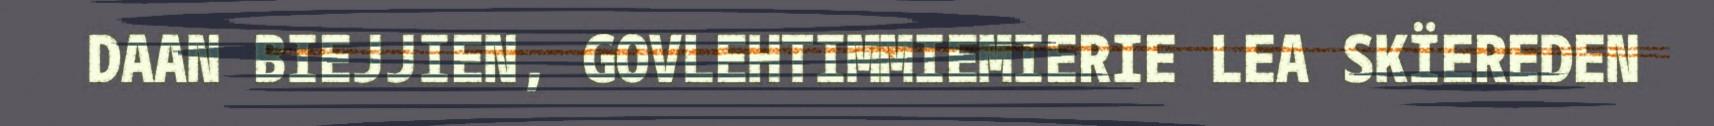
DAAN BIEJJIEN, GOVLEHTIMMIEMIERIE LEA SKÏEREDEN